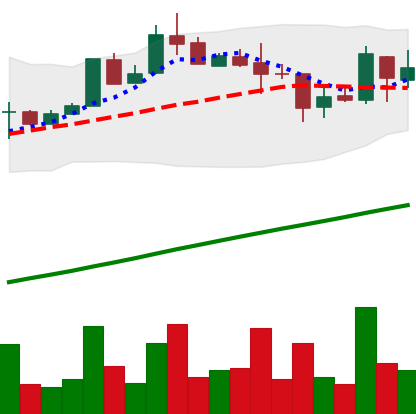
Ticker: LTC-USD
Chart end date: 2017-08-20
Forward return: 10.698%
Label: up_7plus